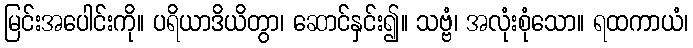
မြင်းအပေါင်းကို။ ပရိယာဒိယိတွာ၊ ဆောင်နှင်း၍။ သဗ္ဗံ၊ အလုံးစုံသော။ ရထကာယံ၊